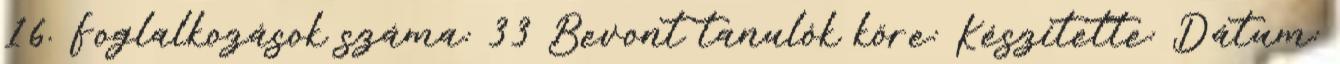
16. Foglalkozások száma: 33 Bevont tanulók köre: Készítette: Dátum: